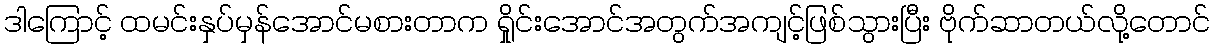
ဒါကြောင့် ထမင်းနှပ်မှန်အောင်မစားတာက ရှိုင်းအောင်အတွက်အကျင့်ဖြစ်သွားပြီး ဗိုက်ဆာတယ်လို့တောင်